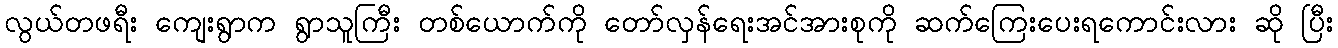
လွယ်တဖရီး ကျေးရွာက ရွာသူကြီး တစ်ယောက်ကို တော်လှန်ရေးအင်အားစုကို ဆက်ကြေးပေးရကောင်းလား ဆို ပြီး